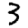
Digit: 3